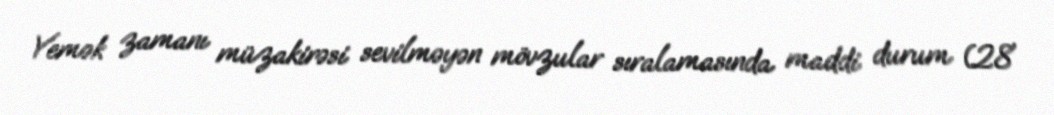
Yemək zamanı müzakirəsi sevilməyən mövzular sıralamasında maddi durum (28